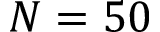
N = 5 0